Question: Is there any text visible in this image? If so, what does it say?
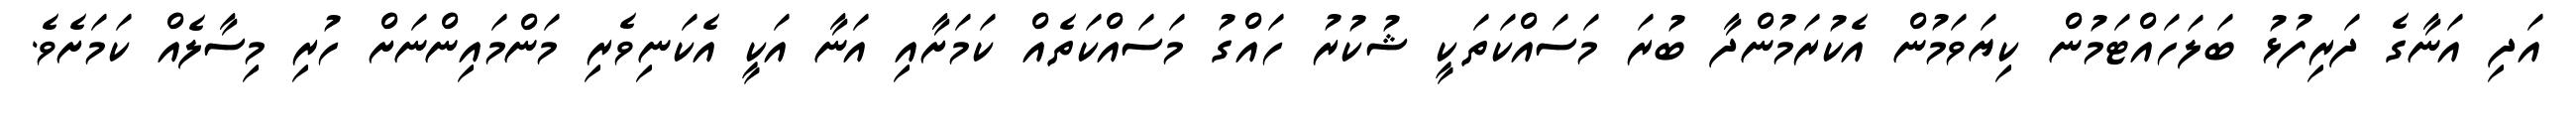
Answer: އަދި އަނާގެ ދަރިފުޅު ބަލަހައްޓަމުން ކިޔަވަމުން އެކުރަމުންދާ ބުރަ މަސައްކަތަކީ ޝުކުރު ހައްގު މަސައްކަތެއް ކަމަށާއި އަނާ އަކީ އެކަނިވެރި މަންމައިންނަށް ހުރި މިސާލެއް ކަމަށެވެ.